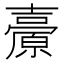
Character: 𡕊